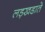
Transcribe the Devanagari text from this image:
लड़खडा़ते